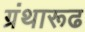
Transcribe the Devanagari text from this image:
ग्रंथारूढ